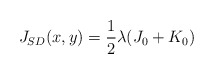
\begin{align*}J_{SD}(x,y)=\frac{1}{2}\lambda (J_{0}+K_{0})\end{align*}